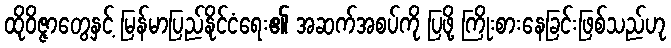
ထိုဝိဇ္ဇာတွေနှင့် မြန်မာပြည်နိုင်ငံရေး၏ အဆက်အစပ်ကို ပြဖို့ ကြိုးစားနေခြင်းဖြစ်သည်ဟု